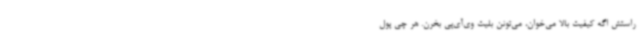
راستش اگه کیفیت بالا می‌خوان، می‌تونن بلیت وی‌آی‌پی بخرن. هر چی پول